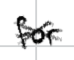
Text: for
Cross-out: cross
Writing tool: digital_black